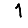
Digit: 1